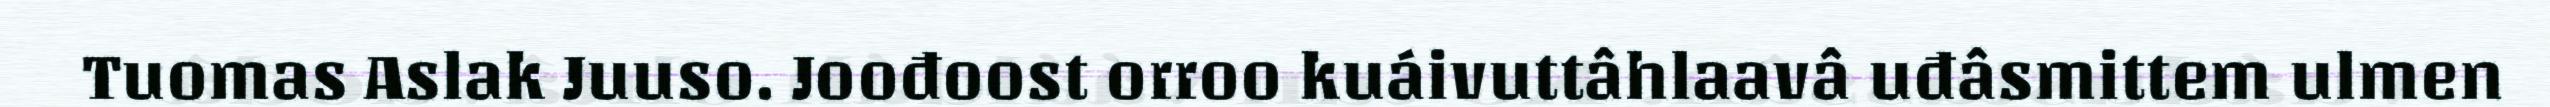
Tuomas Aslak Juuso. Joođoost orroo kuáivuttâhlaavâ uđâsmittem ulmen